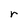
Character: r